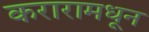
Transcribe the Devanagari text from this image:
करारामधून